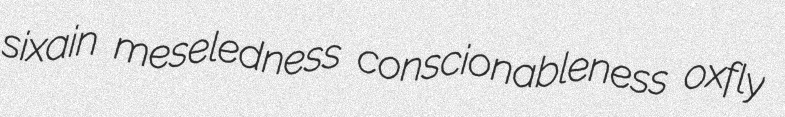
sixain meseledness conscionableness oxfly